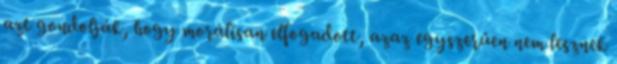
azt gondolják, hogy morálisan elfogadott, azaz egyszerűen nem lesznek